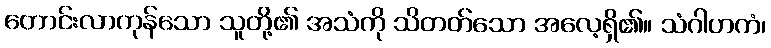
တောင်းလာကုန်သော သူတို့၏ အသံကို သိတတ်သော အလေ့ရှိ၏။ သံဂါဟကံ၊